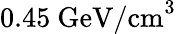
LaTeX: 0.45\mathrm{\ GeV/cm}^{3}